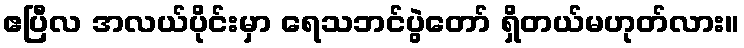
ဧပြီလ အလယ်ပိုင်းမှာ ရေသဘင်ပွဲတော် ရှိတယ်မဟုတ်လား။